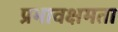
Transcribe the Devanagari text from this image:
प्रभावक्षमता